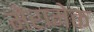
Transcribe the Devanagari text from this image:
मेरामेक